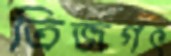
ত্রিজগৎ